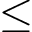
\leq